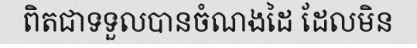
ពិតជាទទួលបានចំណងដៃ ដែលមិន